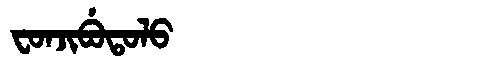
Manchu: ᠸᠣᠨᠵᡳᠪᡠᡨᠣᠯᠣ
Romanization: FONJIBUTOLO